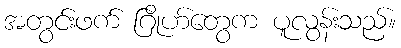
အတွင်းဖက် ဂြိုဟ်တွေက ပူလွန်းသည်။